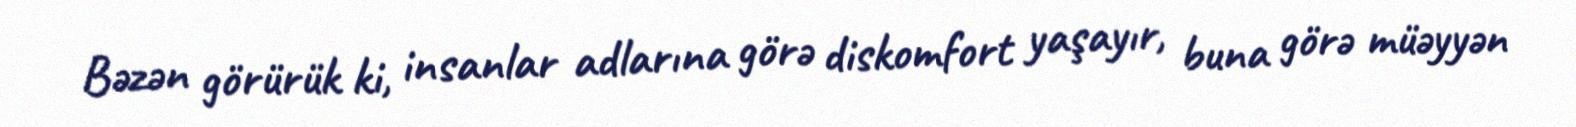
Bəzən görürük ki, insanlar adlarına görə diskomfort yaşayır, buna görə müəyyən